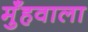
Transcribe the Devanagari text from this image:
मुँहवाला